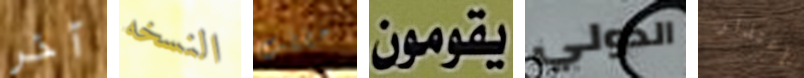
آخر النسخه خططت يقومون الدولي إعتذار